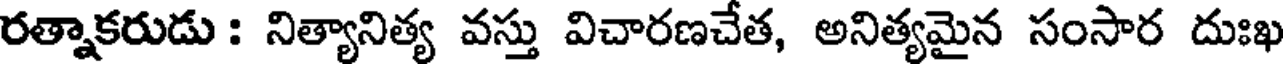
రత్నాకరుడు : నిత్యానిత్య వస్తు విచారణచేత, అనిత్యమైన సంసార దుఃఖ